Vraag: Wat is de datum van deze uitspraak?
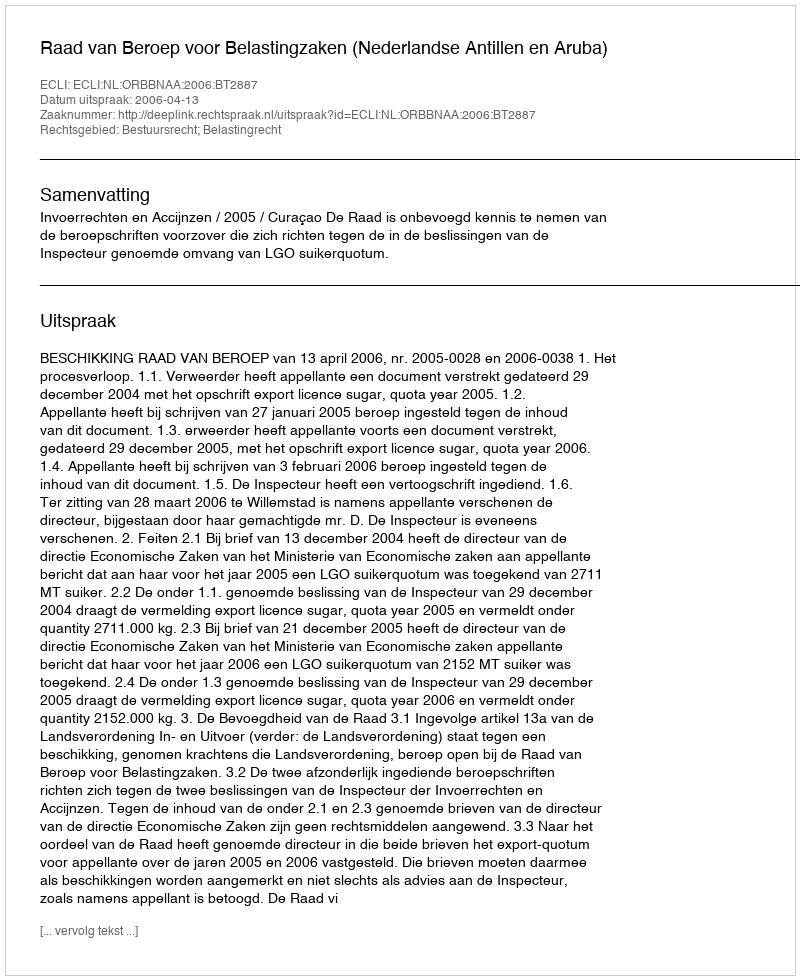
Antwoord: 2006-04-13